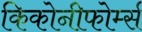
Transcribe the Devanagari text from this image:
किकोनीफोर्म्स